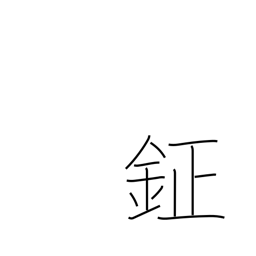
Meaning: bell